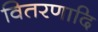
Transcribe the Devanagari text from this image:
वितरणादि